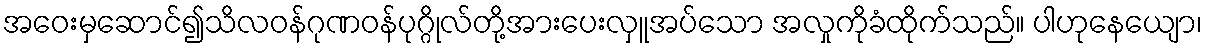
အဝေးမှဆောင်၍သိလဝန်ဂုဏဝန်ပုဂ္ဂိုလ်တို့အားပေးလှူအပ်သော အလှုကိုခံထိုက်သည်။ ပါဟုနေယျော၊